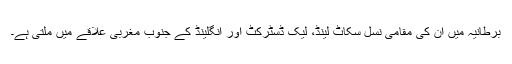
برطانیہ میں ان کی مقامی نسل سکاٹ لینڈ، لیک ڈسٹرکٹ اور انگلینڈ کے جنوب مغربی علاقے میں ملتی ہے۔